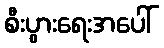
စီးပွားရေးအပေါ်